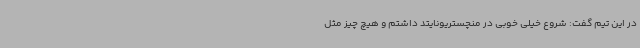
در این تیم گفت: شروع خیلی خوبی در منچستریونایتد داشتم و هیچ چیز مثل